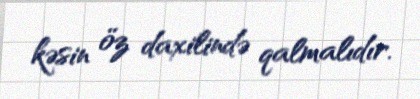
kəsin öz daxilində qalmalıdır.